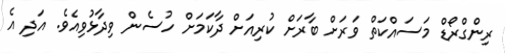
ރިންގްރޯޑް މަސައްކަތް ވަރަށް ބާރަށް ކުރިއަށް ދާކަމަށް ހުސެން ވިދާޅުވިއެވެ. އަދި އެ